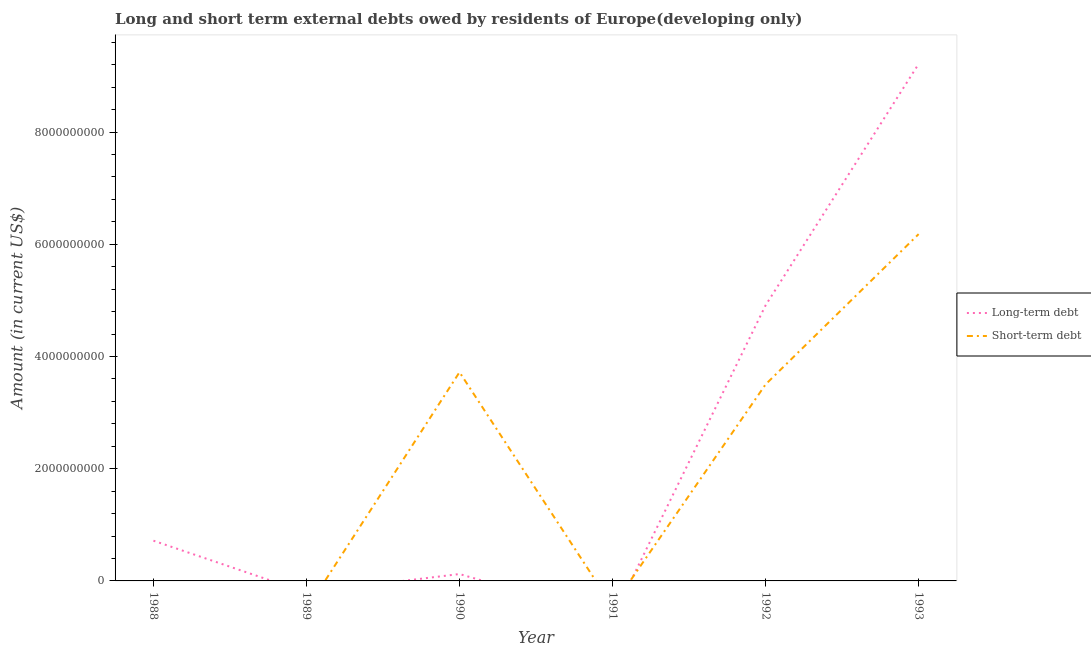
| Year | Long-term debt | Short-term debt |
 | --- | --- | --- |
 | 1988 | 7.17e+08 | -1.14e+09 |
 | 1989 | -2.1e+08 | -5.11e+08 |
 | 1990 | 1.23e+08 | 3.72e+09 |
 | 1991 | -6.66e+08 | -4.56e+08 |
 | 1992 | 4.91e+09 | 3.5e+09 |
 | 1993 | 9.21e+09 | 6.18e+09 |